Civil Veterinary Dept. Bombay admin report 1907-1913 - 1907-1913
Year: 1907
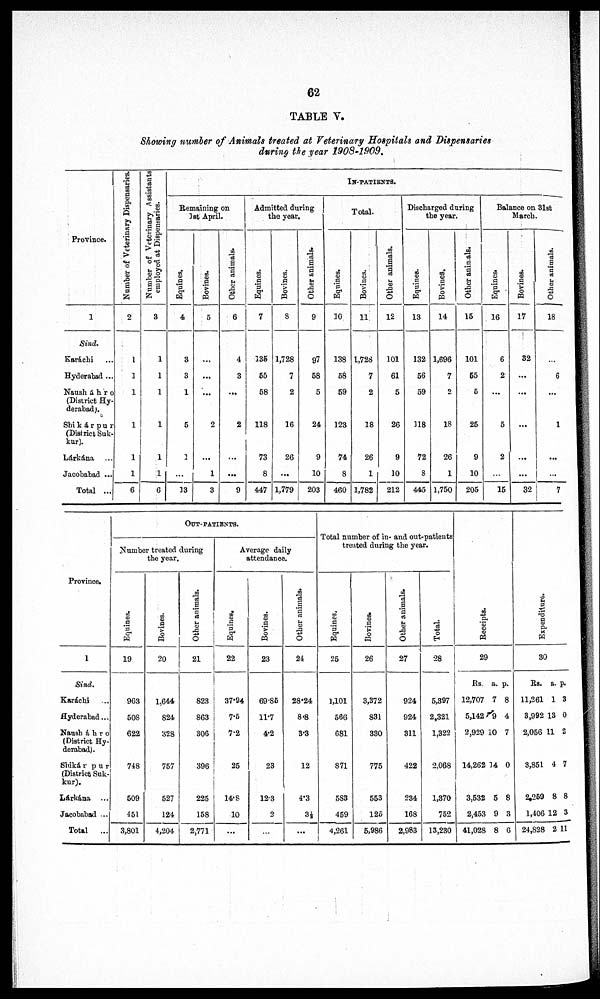
62
TABLE V.
Showing number of Animals treated at Veterinary Hospitals and Dispensaries
during the year 1908-1909.
Province.
1
Sind.
Karáchi ...
Hyderabad ...
Nausháhro
(District Hy-
derabad).
Shikápur
(District Suk-
kur).
Lárkána ...
Jacobabad ...
Total ...
Number of Veterinary Dispensaries.
2
1
1
1
1
1
1
6
Number of Veterinary Assistants
employed at Dispensaries.
3
1
1
1
1
1
1
6
IN-PATIENTS.
Remaining on
1st April.
Equines.
4
3
3
1
5
1
...
13
Bovines.
5
...
...
...
2
...
1
3
Other animals.
6
4
3
...
2
...
...
9
Admitted during
the year.
Equines.
7
236
55
58
118
73
8
447
Bovines.
8
1,728
7
2
16
26
...
1,779
Other animals.
9
97
58
5
24
9
10
203
Total.
Equines.
10
138
68
59
123
74
8
460
Bovines.
11
1,728
7
2
18
26
1
1,782
Other animals.
12
101
61
5
26
9
10
212
Discharged during
the year.
Equines.
13
132
56
59
118
72
8
445
Bovines.
14
1,696
7
2
18
26
1
1,750
Other animals.
15
101
55
5
25
9
10
205
Balance on 31st
March.
Equines.
16
6
2
...
5
2
...
15
Bovines.
17
32
...
...
...
...
...
32
Other animals.
18
...
6
...
1
...
...
7
Province.
1
Sind.
Karáchi
...
Hyderabad ...
Nausháhro
(District Hy-
derabad).
Shikárpur
(District Suk-
kur).
Lárkána ...
Jacobabad ...
Total
...
OUT-PATIENTS.
Number treated during
the year.
Equines.
19
963
508
622
748
509
451
3,801
Bovines.
20
1,644
824
328
757
527
124
4,204
Other animals.
21
823
863
306
396
225
158
2,771
Average daily
attendance.
Equines.
22
37.94
7.5
72
25
14.8
10
...
Bovines.
23
69.85
11.7
4.2
23
12.3
2
...
Other animals.
24
28.24
8.8
3.3
12
4.3
3
...
Total number of in- and out-patients
treated during the year.
Equines.
25
1,101
566
681
871
583
459
4,261
Bovines.
26
3,372
831
330
775
553
125
5,986
Other animals.
27
924
924
311
422
234
168
2,983
Total.
28
5,397
2,321
1,322
2,068
1,370
752
13,230
Receipts.
29
Rs
12,707
5,142
2,929 1
14,262
3,532
2,453
41,028
a.
7
9
0
14
5
9
8
p.
8
4
7
0
8
3
6
Expenditure.
30
Rs.
11,261
3,992
2,056 11
3,851
2,259
1,406
24,828
a.
1
13
2
4
8
12
2
p.
3
0
7
8
3
11